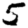
Digit: 5